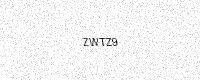
Text: ZWTZ9